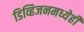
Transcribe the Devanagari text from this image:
डिव्हिजनमध्येही